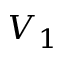
V _ { 1 }